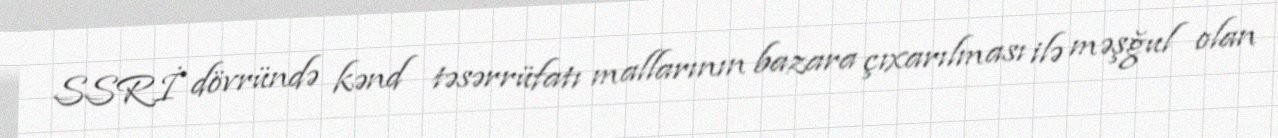
SSRİ dövründə kənd təsərrüfatı mallarının bazara çıxarılması ilə məşğul olan